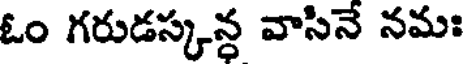
ఓం గరుడస్కన్ధ వాసినే నమః